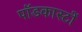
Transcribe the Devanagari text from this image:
पॉडकास्टों